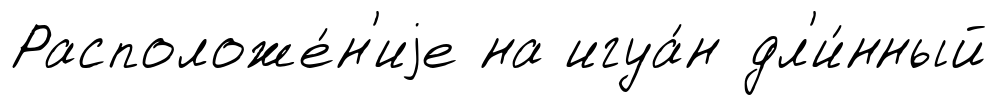
Расположе́н'иjе на игуа́н дл'и́нный